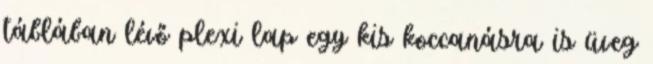
táblában lévő plexi lap egy kis koccanásra is üveg